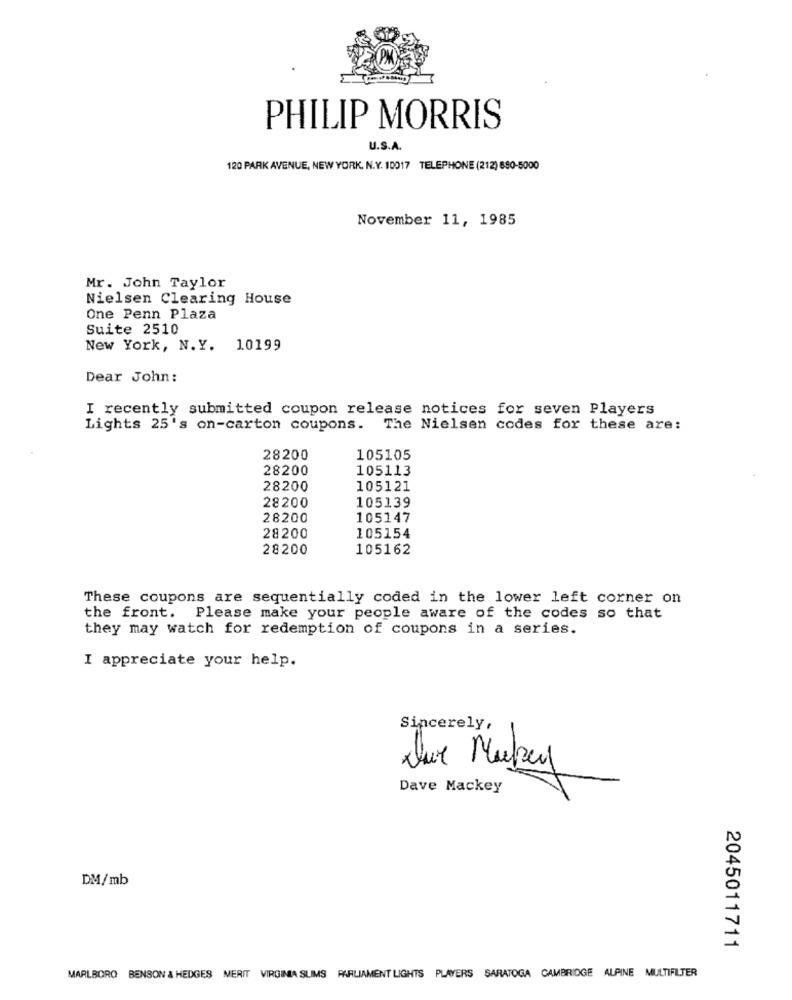
PHILIP MORRIS
U.S.A.
120 PARK AVENUE, NEW YORK, N.Y. 10017 TELEPHONE (212) 690-5000
November 11, 1985
Mr. John Taylor
Nielsen Clearing House
One Penn Plaza
Suite 2510
New York, N.Y. 10199
Dear John:
I recently submitted coupon release notices for seven Players
Lights 25's on-carton coupons.
The Nielsen codes for these are:
28200
105105
28200
105113
28200
105121
105139
28200
28200
105147
105154
28200
28200
105162
These coupons are sequentially coded in the lower left corner on
the front. Please make your people aware of the codes so that
they may watch for redemption of coupons in a series.
I appreciate your help.
Sincerely,
=
Que Mackey
Dave Mackey
DM/mb
2045011711
MARLBORO BENSON & HEDGES MERIT VIRGINIA SUMS PARLIAMENT LIGHTS PLAYERS SARATOGA CAMBRIDGE ALPINE MULTIFILTER